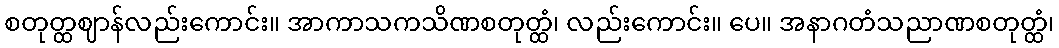
စတုတ္ထဈာန်လည်းကောင်း။ အာကာသကသိဏစတုတ္ထံ၊ လည်းကောင်း။ ပေ။ အနာဂတံသညာဏစတုတ္ထံ၊